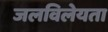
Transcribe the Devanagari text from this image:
जलविलेयता